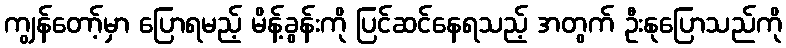
ကျွန်တော့်မှာ ပြောရမည့် မိန့်ခွန်းကို ပြင်ဆင်နေရသည့် အတွက် ဦးနုပြောသည်ကို